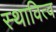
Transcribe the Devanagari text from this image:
स्थावित्व